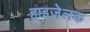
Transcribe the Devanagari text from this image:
हाइजेलक